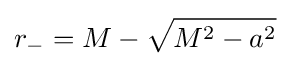
r_{-}=M-{\sqrt {M^{2}-a^{2}}}